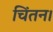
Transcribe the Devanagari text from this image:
चिंतन।